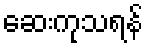
ဆေးကုသရန်